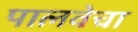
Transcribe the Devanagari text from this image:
पालवेचा